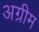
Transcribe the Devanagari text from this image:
अग्रीम